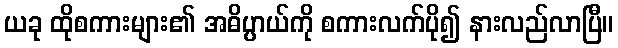
ယခု ထိုစကားများ၏ အဓိပ္ပာယ်ကို စကားလက်ပို၍ နားလည်လာပြီ။